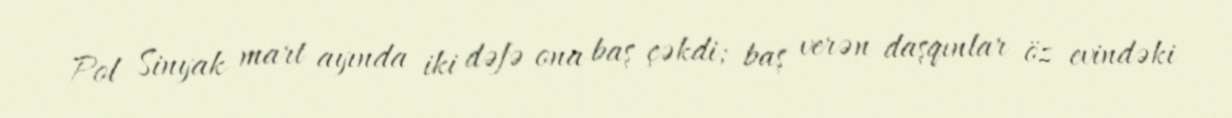
Pol Sinyak mart ayında iki dəfə ona baş çəkdi; baş verən daşqınlar öz evindəki